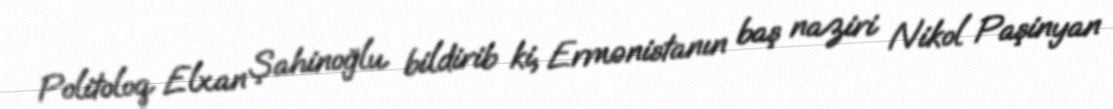
Politoloq Elxan Şahinoğlu bildirib ki, Ermənistanın baş naziri Nikol Paşinyan